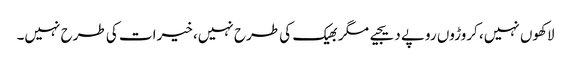
لاکھوں نہیں، کروڑوں روپے دیجیے مگر بھیک کی طرح نہیں، خیرات کی طرح نہیں۔